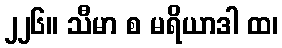
၂၂၆။ သီမာ စ မရိယာဒါ ထ၊